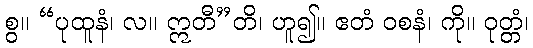
စွ။ “ပုထူနံ၊ လ။ ဣတီ”တိ၊ ဟူ၍။ ဧတံ ဝစနံ၊ ကို။ ဝုတ္တံ၊